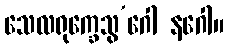
သေလရုက္ခေသွ’ဂေါ နဂေါ။